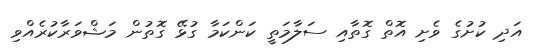
އަދި ކުށުގެ ވެށި އޮތް ގޮތާއި ސަލާމަތީ ކަންކަމާ ގުޅޭ ގޮތުން މަޝްވަރާކުރެއްވި